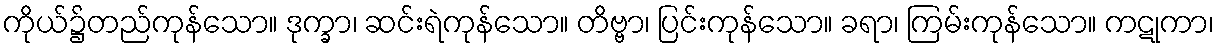
ကိုယ်၌တည်ကုန်သော။ ဒုက္ခာ၊ ဆင်းရဲကုန်သော။ တိဗ္ဗာ၊ ပြင်းကုန်သော။ ခရာ၊ ကြမ်းကုန်သော။ ကဋုကာ၊